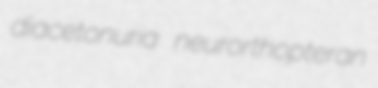
diacetonuria neurorthopteran